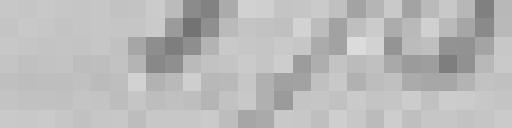
176